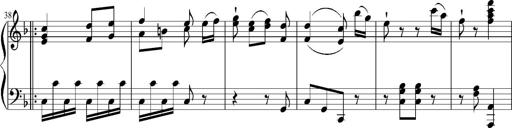
Title: 12 Sonatinas for Piano
Composer: Johann Baptist Vanhal